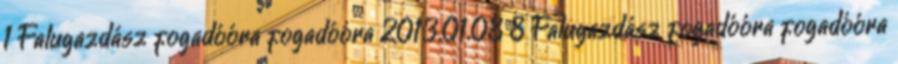
1 Falugazdász fogadóóra fogadóóra 2013.01.08 8 Falugazdász fogadóóra fogadóóra